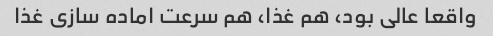
واقعا عالی بود، هم‌ غذا، هم سرعت اماده سازی غذا